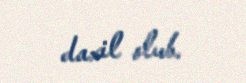
daxil olub.